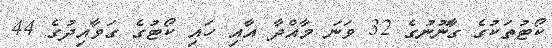
ކޯޓުތަކުގެ ގާނޫނުގެ 32 ވަނަ މާއްދާ އާއި ހައި ކޯޓުގެ ގަވާއިދުގެ 44